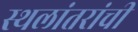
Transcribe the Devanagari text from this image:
स्थलांतरांची